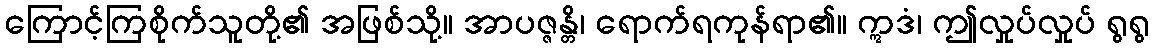
ကြောင့်ကြစိုက်သူတို့၏ အဖြစ်သို့။ အာပဇ္ဇန္တိ၊ ရောက်ရကုန်ရာ၏။ ဣဒံ၊ ဤလှုပ်လှုပ် ရွရွ